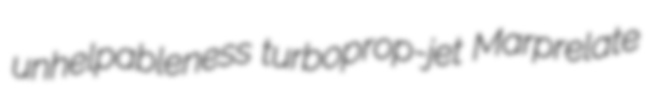
unhelpableness turboprop-jet Marprelate